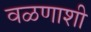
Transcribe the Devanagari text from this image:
वळणाशी